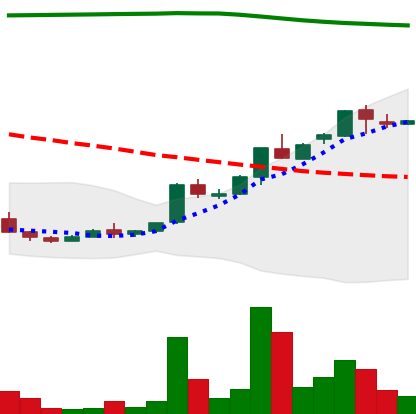
Ticker: ADA-USD
Chart end date: 2018-04-23
Forward return: 24.058%
Label: up_7plus